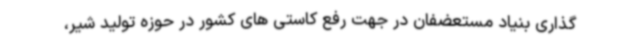
گذاری بنیاد مستعضفان در جهت رفع کاستی های کشور در حوزه تولید شیر،